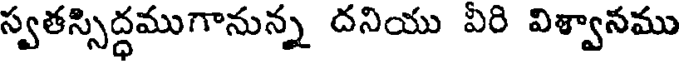
స్వతస్సిద్ధముగానున్న దనియు వీరి విశ్వానము